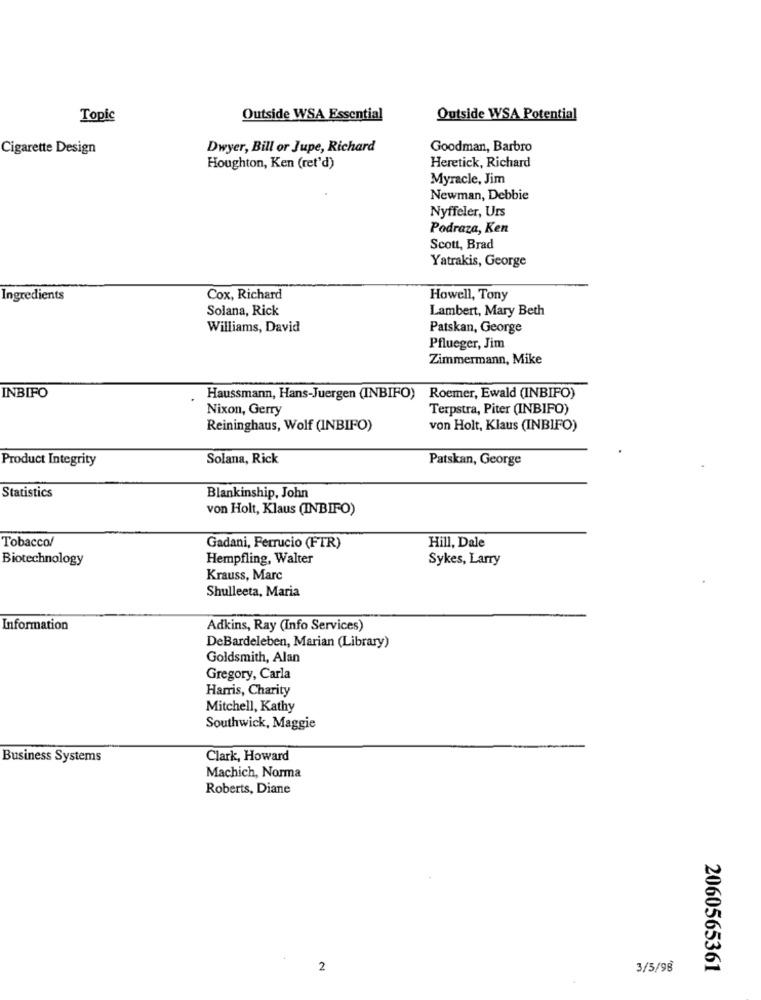
Topic
Outside WSA Essential
Outside WSA Potential
Cigarette Design
Dwyer, Bill or Jupe, Richard
Goodman, Barbro
Heretick, Richard
Houghton, Ken (ret'd)
Myracle, Jim
Newman, Debbie
Nyffeler, Urs
Podraza, Ken
Scott, Brad
Yatrakis, George
Ingredients
Cox, Richard
Howell, Tony
Solana, Rick
Lambert, Mary Beth
Williams, David
Patskan, George
Pflueger, Jim
Zimmermann, Mike
INBIFO
Haussmann, Hans-Juergen (INBIFO)
Roemer, Ewald (INBIFO)
Nixon, Gerry
Terpstra, Piter (INBIFO)
Reininghaus, Wolf (INBIFO)
von Holt, Klaus (INBIFO)
Product Integrity
Solana, Rick
Patskan, George
Statistics
Blankinship, John
von Holt, Klaus (INBIFO)
Tobacco/
Hill, Dale
Gadani, Ferrucio (FTR)
Biotechnology
Hempfling, Walter
Sykes, Larry
Krauss, Marc
Shulleeta, Maria
Information
Adkins, Ray (Info Services)
DeBardeleben, Marian (Library)
Goldsmith, Alan
Gregory, Carla
Harris, Charity
Mitchell, Kathy
Southwick, Maggie
Business Systems
Clark, Howard
Machich, Norma
Roberts, Diane
2
3/5/98
2060565361